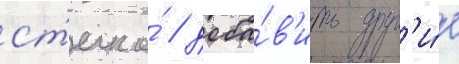
ст'екло́ / доба́в'ить друг'и́е